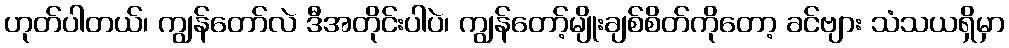
ဟုတ်ပါတယ်၊ ကျွန်တော်လဲ ဒီအတိုင်းပါပဲ၊ ကျွန်တော့်မျိုးချစ်စိတ်ကိုတော့ ခင်ဗျား သံသယရှိမှာ